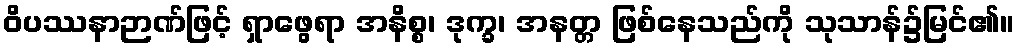
ဝိပဿနာဉာဏ်ဖြင့် ရှာဖွေရာ အနိစ္စ၊ ဒုက္ခ၊ အနတ္တ ဖြစ်နေသည်ကို သုသာန်၌မြင်၏။